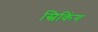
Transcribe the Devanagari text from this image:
स्निकिंग